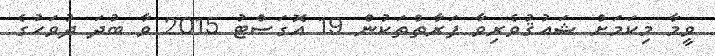
ވީމާ މިކަމަށް ޝައުޤުވެރިވާ ފަރާތްތަކުން 19 އޮގަސްޓު 2015 ވާ ބުދަ ދުވަހުގެ